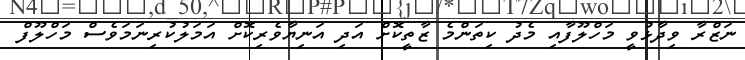
ނަޒްރާ ވިދާޅުވީ މަހްލޫފާއި މެދު ކިތަންމެ ޒާތީކޮށް އަދި އަނިޔާވެރިކޮށް އަމަލުކުރިނަމަވެސް މަހްލޫފް